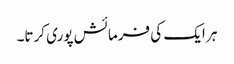
ہر ایک کی فرمائش پوری کرتا۔